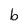
Character: b